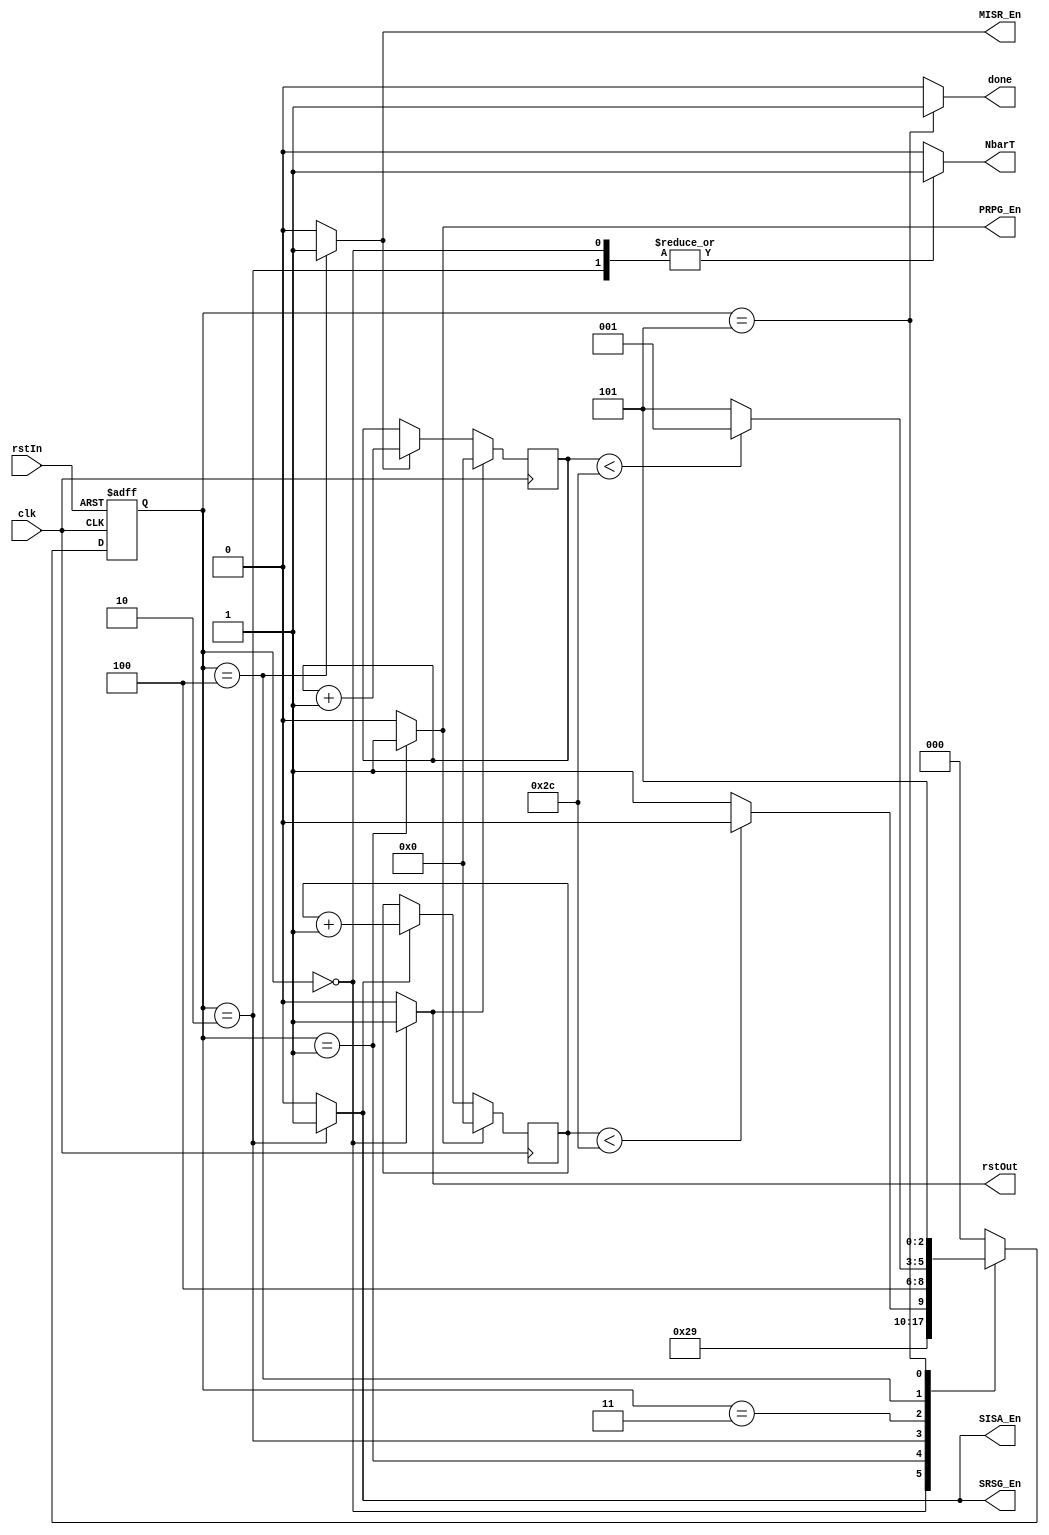
module RTS_Controller #(
    parameter ShiftSize = 45,
    parameter numOfTstCycl = 45
) (
    input  clk,
    input  rstIn,
    output reg NbarT, rstOut, PRPG_En,
    output reg SRSG_En, SISA_En, MISR_En,
    output reg done
);

    `define Reset 3'b000
    `define GenData 3'b001
    `define ShiftData 3'b010
    `define NormalMode 3'b011
    `define GenSignature 3'b100
    `define Exit 3'b101

    reg [2:0] present_state, next_state;
    reg [10:0] shtCount; // Vector size should be log2 of ShiftSize
    reg shtCount_Rst, shtCount_En;
    reg [10:0] testVectorCount; // Size should be log2 of numOfTstCycl
    reg testCount_Rst, testCount_En;


    // Sequencer
    always @(posedge clk or posedge rstIn) begin
        if (rstIn)
            present_state <= `Reset;
        else
            present_state <= next_state;
    end

    always @(present_state or shtCount) begin : Combinatorial

        NbarT = 1'b0;
        rstOut = 1'b0;
        MISR_En = 1'b0;
        PRPG_En = 1'b0;
        SRSG_En = 1'b0;
        done = 1'b0;
        SISA_En = 1'b0;
        shtCount_Rst = 1'b0;
        shtCount_En = 1'b0;
        testCount_Rst = 1'b0;
        testCount_En = 1'b0;
        
        case (present_state)
            `Reset : begin
                next_state = `GenData;
                rstOut = 1'b1;
                NbarT = 1'b1;
                testCount_Rst = 1'b1;
            end

            `GenData : begin
                next_state = `ShiftData;
                PRPG_En = 1'b1;
                shtCount_Rst = 1'b1;
            end

            `ShiftData : begin
                next_state = (shtCount < ShiftSize - 1) ? `ShiftData : `NormalMode;
                shtCount_En = 1'b1;
                SRSG_En = 1'b1;
                SISA_En = 1'b1;
                NbarT = 1'b1;
            end

            `NormalMode : begin
                next_state = `GenSignature;
                NbarT = 1'b0;
            end

            `GenSignature : begin
                next_state = (testVectorCount < numOfTstCycl - 1) ? `GenData : `Exit;
                testCount_En = 1'b1;
                MISR_En = 1'b1;
            end

            `Exit : begin
                next_state = `Exit;
                done = 1'b1;
            end

            default : next_state = `Reset;
        endcase
    end

    // Counting number of bits shifted into scan chain
    always @(posedge clk) begin
        if (shtCount_Rst)
            shtCount <= 0;
        else if (shtCount_En)
            shtCount <= shtCount + 1;
    end

    // Counting number of applied test vectors
    always @(posedge clk) begin
        if (testCount_Rst)
            testVectorCount <= 0;
        else if (testCount_En)
            testVectorCount <= testVectorCount + 1;
    end

endmodule